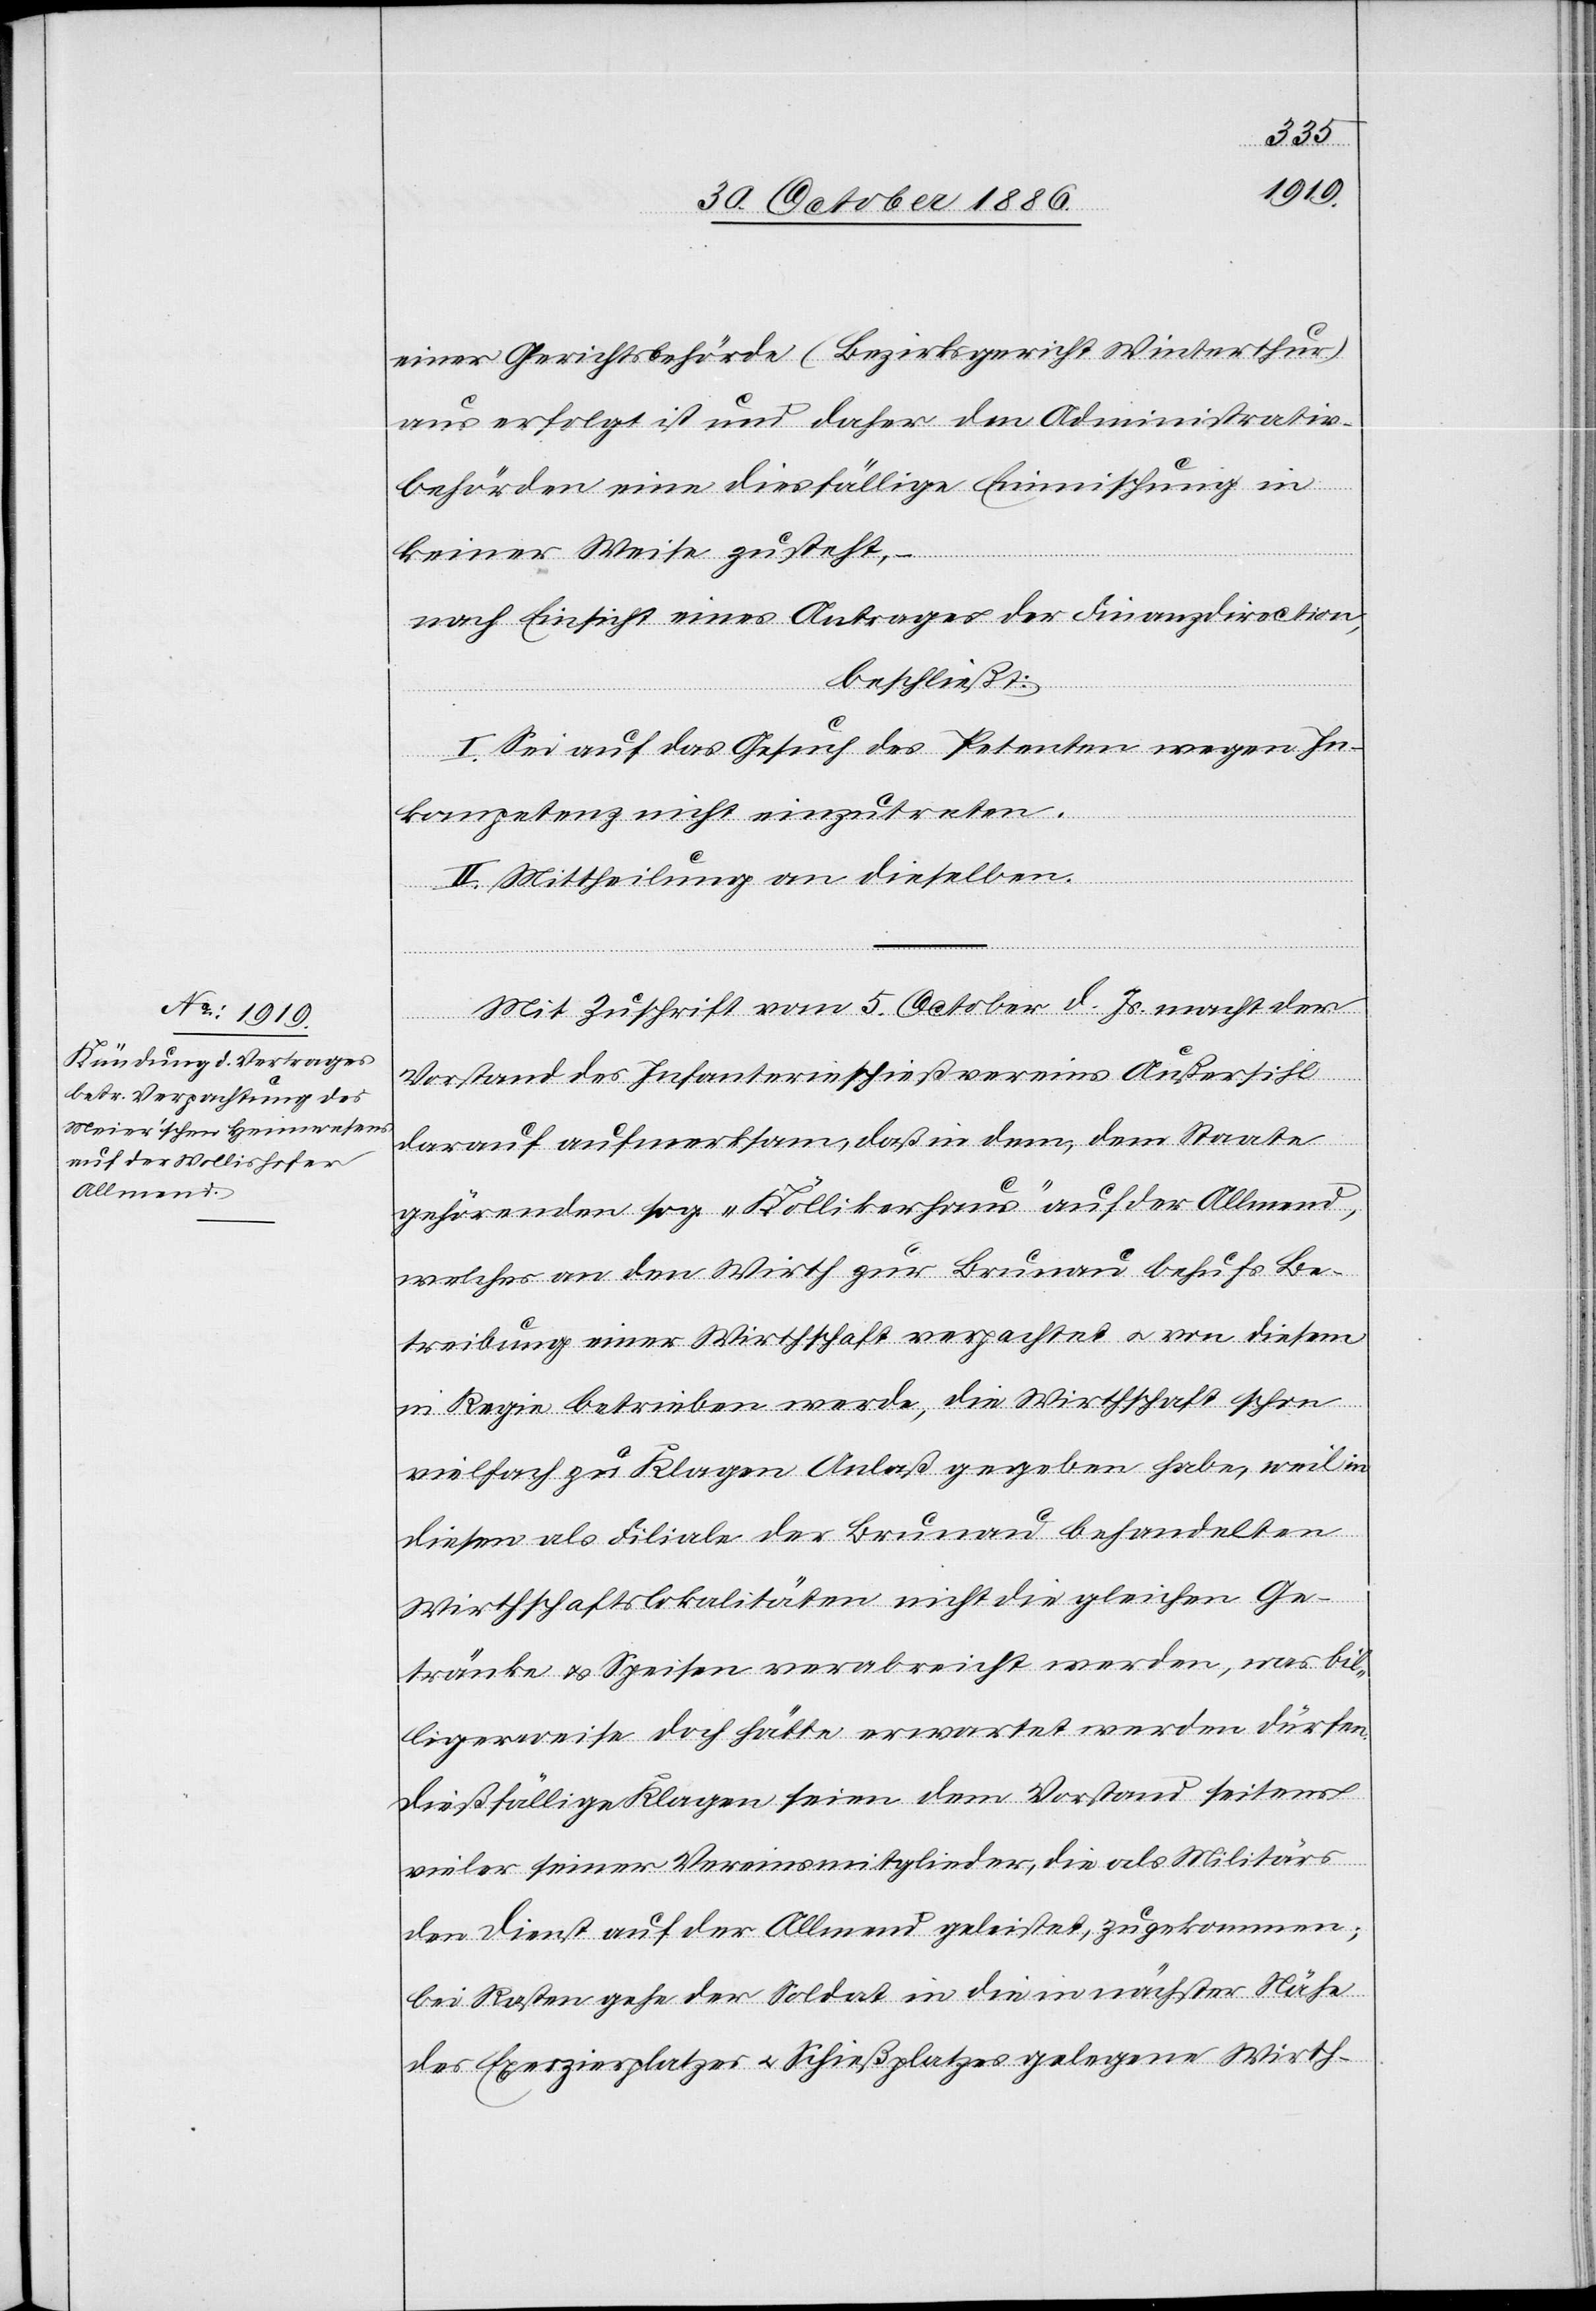
einer Gerichtsbehörde (Bezirksgericht Winterthur)
aus erfolgt ist und daher den Administrativ¬
behörden eine diesfällige Einmischung in
keiner Weise zusteht,
nach Einsicht eines Antrages der Finanzdirection,
beschließt:
wegen
In¬
kompetenz nicht einzutreten.
II. Mittheilung an dieselben.
Mit Zuschrift vom 5. October d. Js. macht der
ten
Vorstand des Infanterieschießvereins Außersihl
darauf aufmerksam, daß in dem, dem Staate
gehörenden sog. „Köllikerhaus“ auf der Allmend,
welches an den Wirth zur Brunau behufs Be¬
treibung einer Wirthschaft verpachtet & von diesem
in Regie betrieben werde, die Wirthschaft schon
vielfach zu Klagen Anlaß gegeben habe, weil in
diesen als Filiale der Brunau behandelten
Wirthschaftslokalitäten nicht die gleichen Ge¬
tränke & Speisen verabreicht werden, was bil¬
ligerweise doch hätte erwartet werden dürfen.
Dießfällige Klagen seien dem Vorstand seitens
vieler seiner Vereinsmitglieder, die als Militärs
den Dienst auf der Allmend geleistet, zugekommen;
bei Rasten gehe der Soldat in die in nächster Nähe
des Exerzierplatzes & Schießplatzes gelegene Wirth-